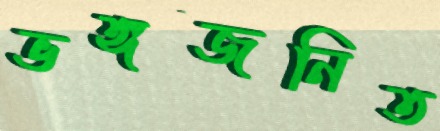
ভঙ্গজনিত